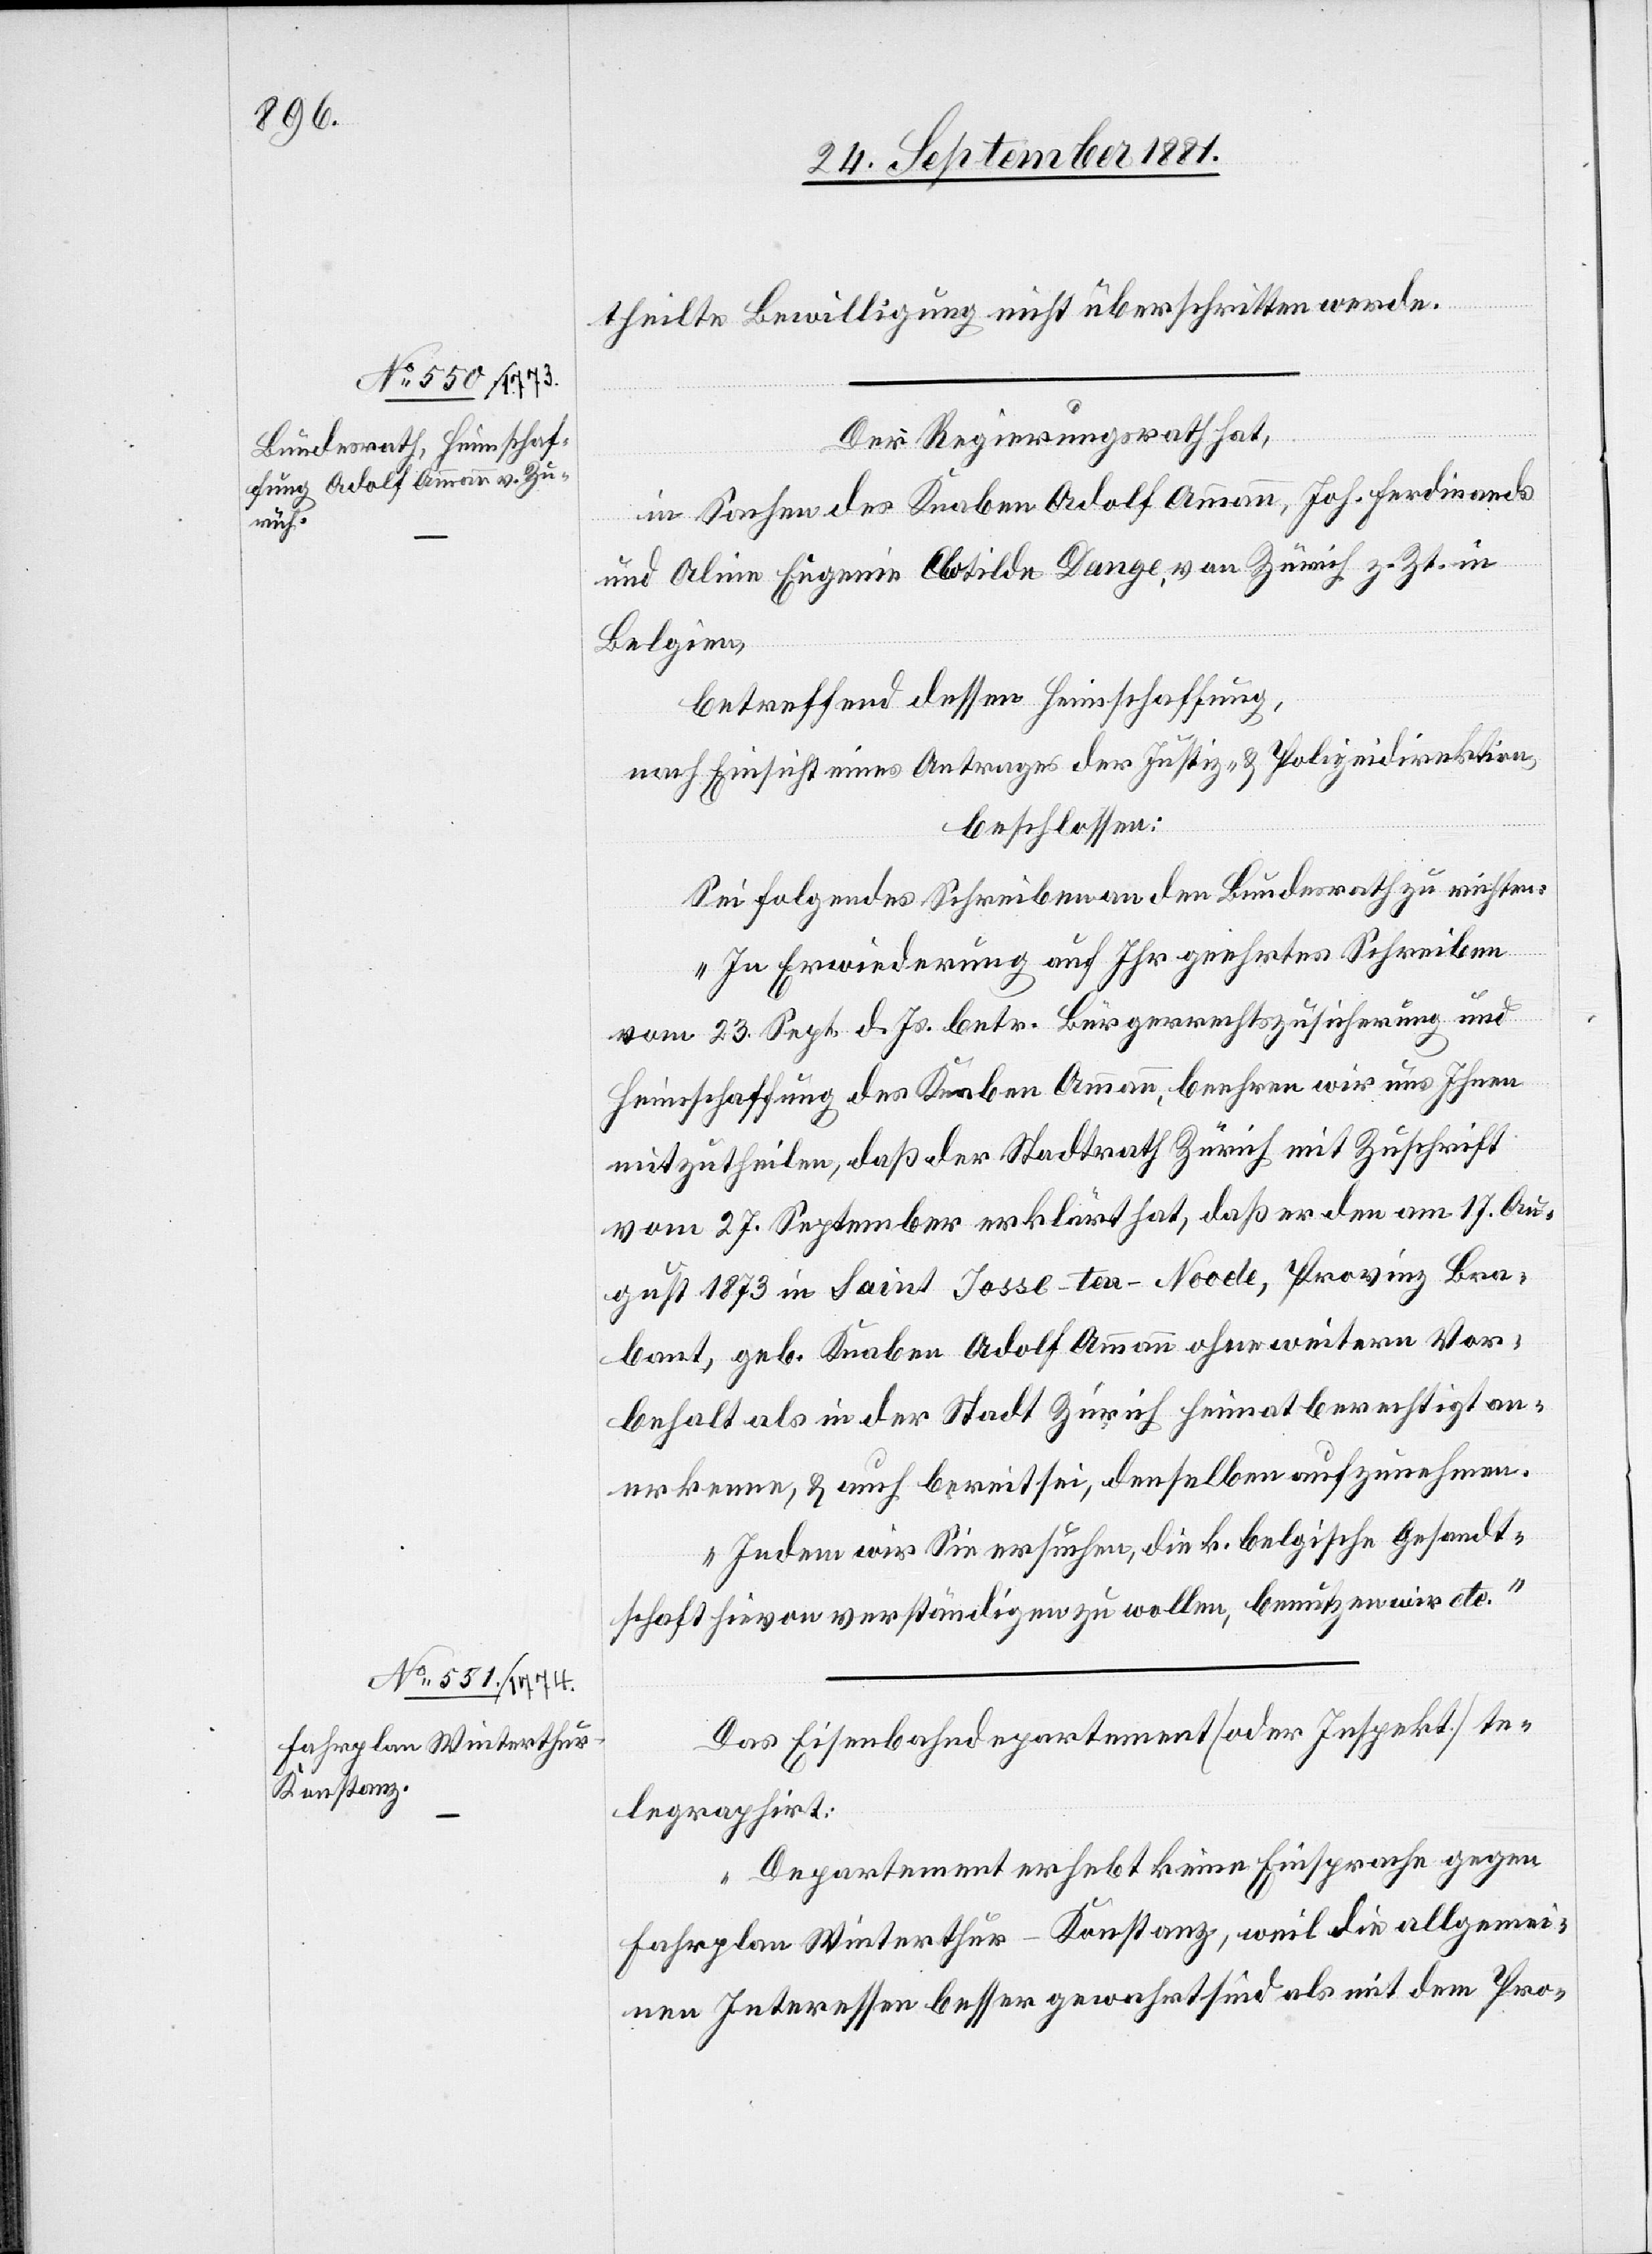
27. September 1881.]
theilte Bewilligung nicht überschritten werde
Der Regierungsrath hat,
in Sachen des Knaben Adolf Ammann, Joh. Ferdinand
und Aline Eugenie Clotilde Dange, von Zürich z. Zt. in
Belgien,
betreffend dessen Heimschaffung,
nach Einsicht eines Antrages der Justiz- & Polizeidirektion,
beschlossen:
Sei folgendes Schreiben an den Bundsrath zu richte:
„In Erwiederung auf Ihr geehrtes Schreiben
vom 23. Sept. d. Js. betr. Bürgerrechtszusicherung und
Heimschaffung des Knaben Ammann, beehren wir uns Ihnen
mitzutheilen, daß der Stadtrath Zürich mit Zuschrift
vom 27. September erklärt hat, daß er den am 17. Au¬
gust 1873 in Saint Josse-ten-Noode, Provinz Bra¬
bant, geb. Knaben Adolf Ammann ohne weitern Vor¬
behalt als in der Stadt Zürich heimatberechtigt an¬
erkenne, & auch bereit sei, denselben aufzunehmen.
Indem wir Sie ersuchen, die k. belgische Gesandt¬
schaft hievon verständigen zu wollen, benutzen wir etc.“
Das Eisenbahndepartement [oder Inspekt.] te¬
legraphiert:
„Departement erhebt keine Einsprache gegen
Fahrplan Winterthur–Konstanz, weil die allgemei¬
nen Interessen besser gewahrt sind als mit dem Pro-